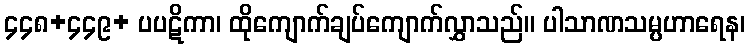
၄၄၈+၄၄၉+ ပပဋိကာ၊ ထိုကျောက်ချပ်ကျောက်လွှာသည်။ ပါသာဏသမ္ပဟာရေန၊